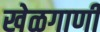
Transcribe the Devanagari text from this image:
खेळगाणी